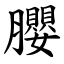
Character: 䑍